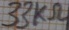
Text: 33KΩ